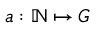
a : \mathbb { N } \mapsto G